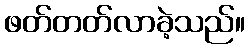
ဖတ်တတ်လာခဲ့သည်။